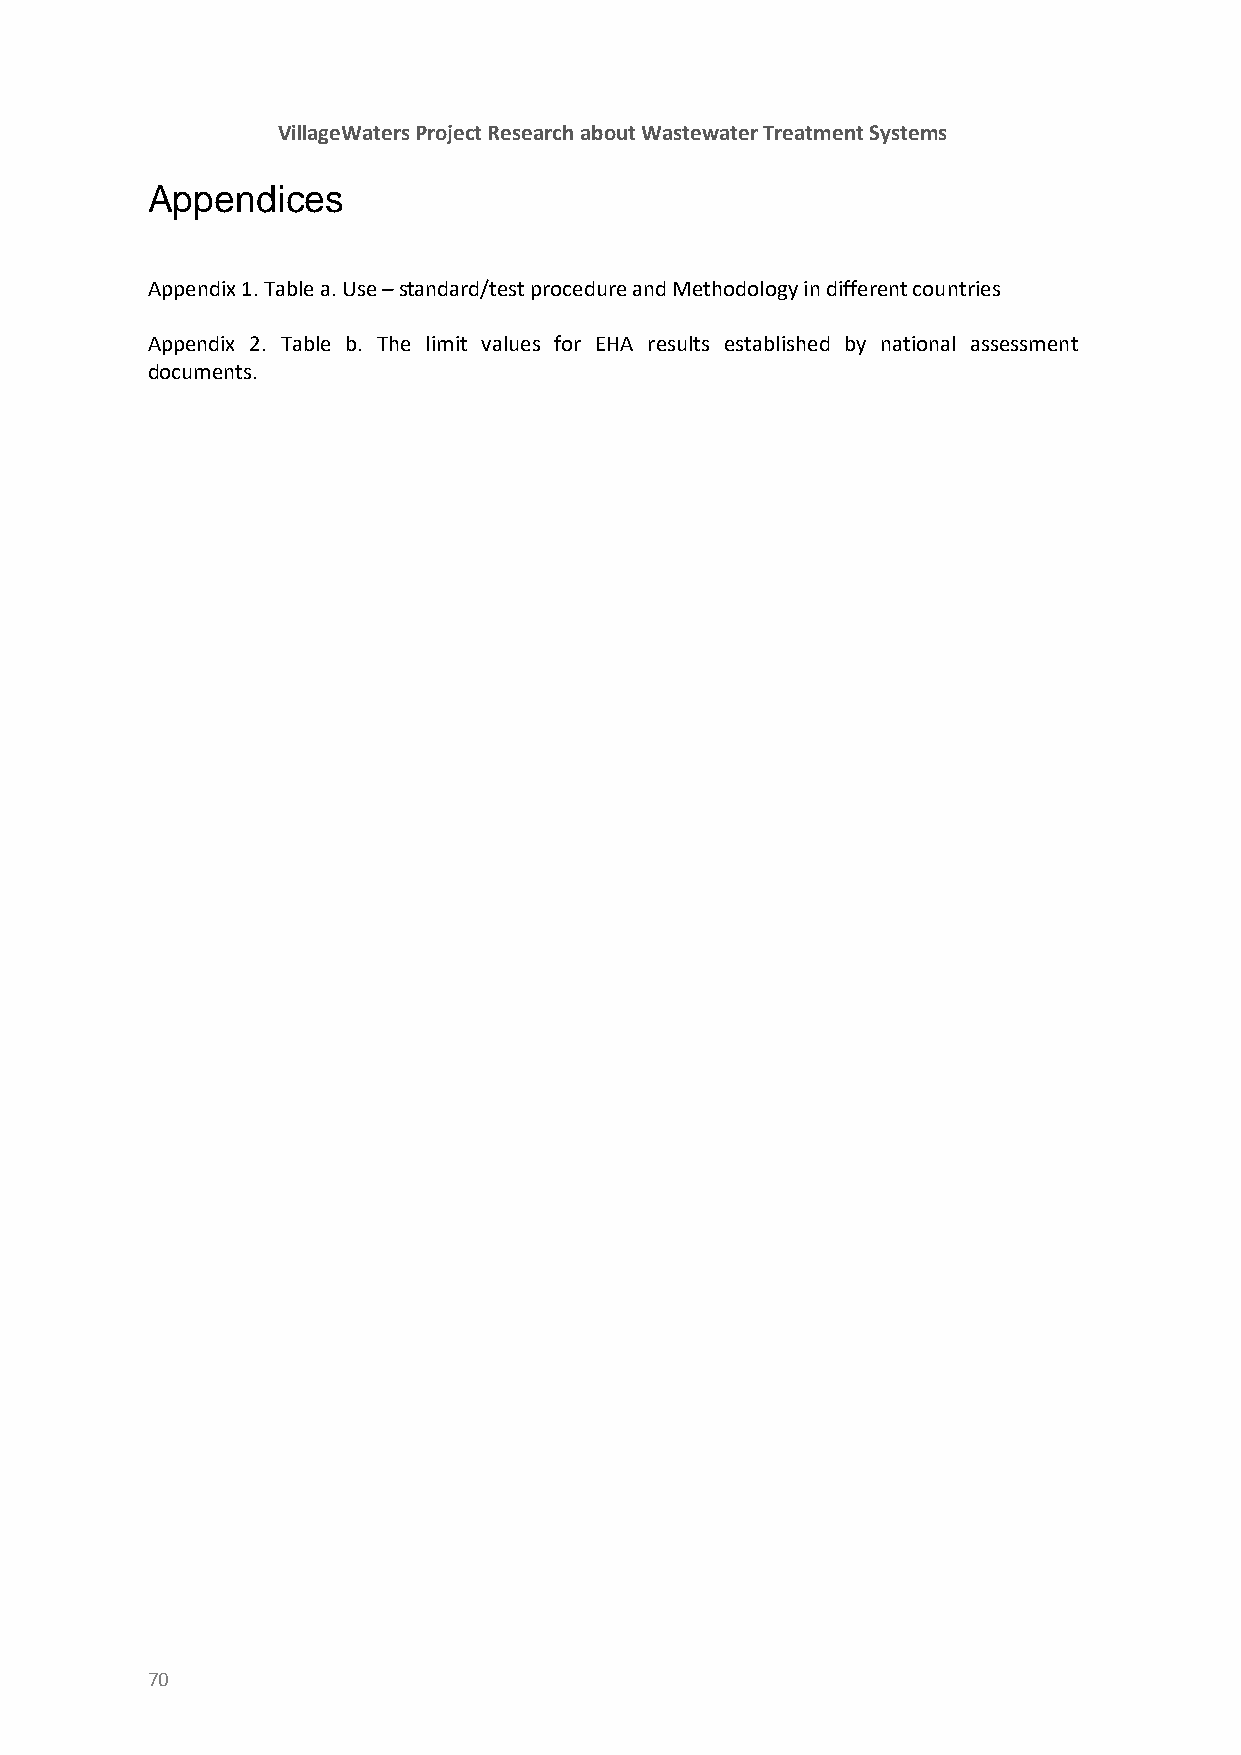
VillageWaters Project Research about Wastewater Treatment Systems
 Appendices
 Appendix 1. Table a. Use – standard/test procedure and Methodology in different countries
 Appendix 2. Table b. The limit values for EHA results established by national assessment
 documents.
 70